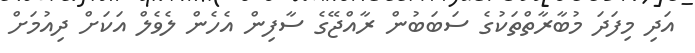
އަދި މިފަދަ މުބާރާތްތަކުގެ ސަބަބުން ރާއްޖޭގެ ސާފިން އެހެން ލެވެލް އަކަށް ދިއުމަށް